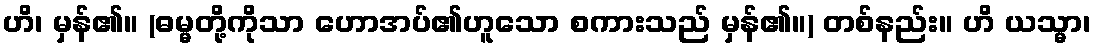
ဟိ၊ မှန်၏။ (ဓမ္မတို့ကိုသာ ဟောအပ်၏ဟူသော စကားသည် မှန်၏။) တစ်နည်း။ ဟိ ယသ္မာ၊